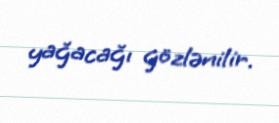
yağacağı gözlənilir.